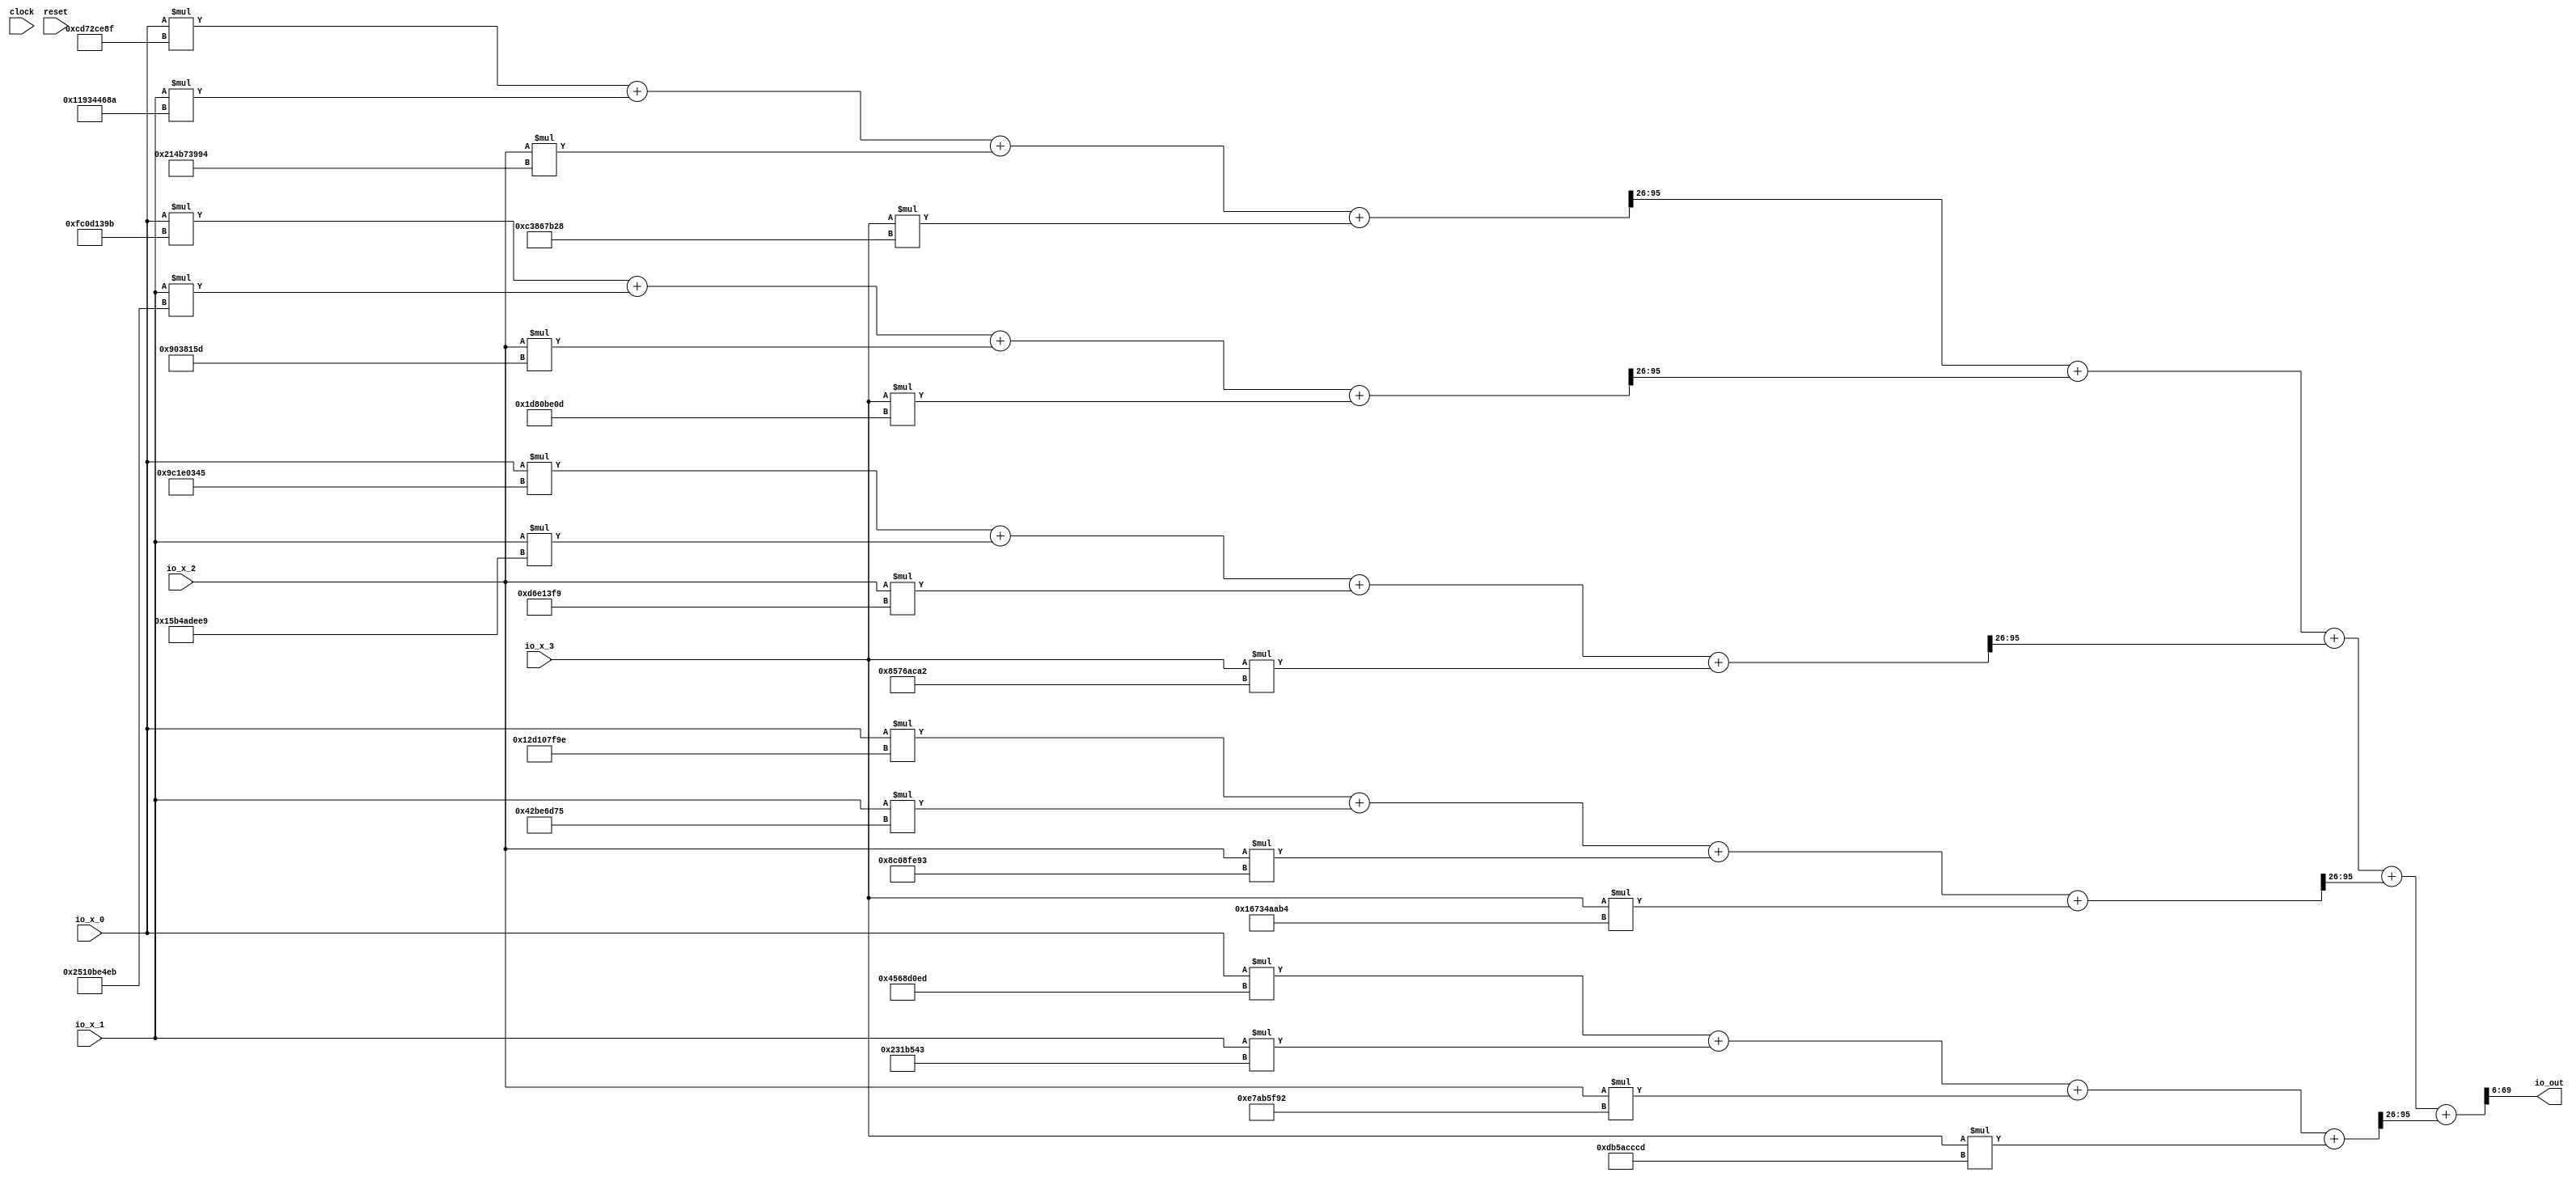
module HardwareHashMaker(
  input         clock,
  input         reset,
  input  [63:0] io_x_0,
  input  [63:0] io_x_1,
  input  [63:0] io_x_2,
  input  [63:0] io_x_3,
  output [63:0] io_out
);
  wire [127:0] _T_31 = $signed(io_x_0) * 64'shcd72ce8f; // @[HardwareHashMaker.scala 71:18]
  wire [128:0] _T_32 = {{1{_T_31[127]}},_T_31}; // @[HardwareHashMaker.scala 71:13]
  wire [127:0] _T_34 = _T_32[127:0]; // @[HardwareHashMaker.scala 71:13]
  wire [127:0] _T_35 = $signed(io_x_1) * -64'she6cbb976; // @[HardwareHashMaker.scala 71:18]
  wire [127:0] _T_38 = $signed(_T_34) + $signed(_T_35); // @[HardwareHashMaker.scala 71:13]
  wire [127:0] _T_39 = $signed(io_x_2) * 64'sh214b73994; // @[HardwareHashMaker.scala 71:18]
  wire [127:0] _T_42 = $signed(_T_38) + $signed(_T_39); // @[HardwareHashMaker.scala 71:13]
  wire [127:0] _T_43 = $signed(io_x_3) * 64'shc3867b28; // @[HardwareHashMaker.scala 71:18]
  wire [127:0] _T_46 = $signed(_T_42) + $signed(_T_43); // @[HardwareHashMaker.scala 71:13]
  wire [128:0] _T_47 = {{1{_T_46[127]}},_T_46}; // @[HardwareHashMaker.scala 74:10]
  wire [127:0] _T_49 = _T_47[127:0]; // @[HardwareHashMaker.scala 74:10]
  wire [101:0] _T_50 = _T_49[127:26]; // @[HardwareHashMaker.scala 74:34]
  wire [127:0] _T_52 = $signed(io_x_0) * 64'shfc0d139b; // @[HardwareHashMaker.scala 71:18]
  wire [128:0] _T_53 = {{1{_T_52[127]}},_T_52}; // @[HardwareHashMaker.scala 71:13]
  wire [127:0] _T_55 = _T_53[127:0]; // @[HardwareHashMaker.scala 71:13]
  wire [127:0] _T_56 = $signed(io_x_1) * -64'sh1aef41b15; // @[HardwareHashMaker.scala 71:18]
  wire [127:0] _T_59 = $signed(_T_55) + $signed(_T_56); // @[HardwareHashMaker.scala 71:13]
  wire [127:0] _T_60 = $signed(io_x_2) * -64'sh6fc7ea3; // @[HardwareHashMaker.scala 71:18]
  wire [127:0] _T_63 = $signed(_T_59) + $signed(_T_60); // @[HardwareHashMaker.scala 71:13]
  wire [127:0] _T_64 = $signed(io_x_3) * 64'sh1d80be0d; // @[HardwareHashMaker.scala 71:18]
  wire [127:0] _T_67 = $signed(_T_63) + $signed(_T_64); // @[HardwareHashMaker.scala 71:13]
  wire [128:0] _T_68 = {{1{_T_67[127]}},_T_67}; // @[HardwareHashMaker.scala 74:10]
  wire [127:0] _T_70 = _T_68[127:0]; // @[HardwareHashMaker.scala 74:10]
  wire [101:0] _T_71 = _T_70[127:26]; // @[HardwareHashMaker.scala 74:34]
  wire [127:0] _T_73 = $signed(io_x_0) * -64'sh63e1fcbb; // @[HardwareHashMaker.scala 71:18]
  wire [128:0] _T_74 = {{1{_T_73[127]}},_T_73}; // @[HardwareHashMaker.scala 71:13]
  wire [127:0] _T_76 = _T_74[127:0]; // @[HardwareHashMaker.scala 71:13]
  wire [127:0] _T_77 = $signed(io_x_1) * -64'sha4b52117; // @[HardwareHashMaker.scala 71:18]
  wire [127:0] _T_80 = $signed(_T_76) + $signed(_T_77); // @[HardwareHashMaker.scala 71:13]
  wire [127:0] _T_81 = $signed(io_x_2) * 64'shd6e13f9; // @[HardwareHashMaker.scala 71:18]
  wire [127:0] _T_84 = $signed(_T_80) + $signed(_T_81); // @[HardwareHashMaker.scala 71:13]
  wire [127:0] _T_85 = $signed(io_x_3) * 64'sh8576aca2; // @[HardwareHashMaker.scala 71:18]
  wire [127:0] _T_88 = $signed(_T_84) + $signed(_T_85); // @[HardwareHashMaker.scala 71:13]
  wire [128:0] _T_89 = {{1{_T_88[127]}},_T_88}; // @[HardwareHashMaker.scala 74:10]
  wire [127:0] _T_91 = _T_89[127:0]; // @[HardwareHashMaker.scala 74:10]
  wire [101:0] _T_92 = _T_91[127:26]; // @[HardwareHashMaker.scala 74:34]
  wire [127:0] _T_94 = $signed(io_x_0) * -64'shd2ef8062; // @[HardwareHashMaker.scala 71:18]
  wire [128:0] _T_95 = {{1{_T_94[127]}},_T_94}; // @[HardwareHashMaker.scala 71:13]
  wire [127:0] _T_97 = _T_95[127:0]; // @[HardwareHashMaker.scala 71:13]
  wire [127:0] _T_98 = $signed(io_x_1) * 64'sh42be6d75; // @[HardwareHashMaker.scala 71:18]
  wire [127:0] _T_101 = $signed(_T_97) + $signed(_T_98); // @[HardwareHashMaker.scala 71:13]
  wire [127:0] _T_102 = $signed(io_x_2) * -64'sh73f7016d; // @[HardwareHashMaker.scala 71:18]
  wire [127:0] _T_105 = $signed(_T_101) + $signed(_T_102); // @[HardwareHashMaker.scala 71:13]
  wire [127:0] _T_106 = $signed(io_x_3) * 64'sh16734aab4; // @[HardwareHashMaker.scala 71:18]
  wire [127:0] _T_109 = $signed(_T_105) + $signed(_T_106); // @[HardwareHashMaker.scala 71:13]
  wire [128:0] _T_110 = {{1{_T_109[127]}},_T_109}; // @[HardwareHashMaker.scala 74:10]
  wire [127:0] _T_112 = _T_110[127:0]; // @[HardwareHashMaker.scala 74:10]
  wire [101:0] _T_113 = _T_112[127:26]; // @[HardwareHashMaker.scala 74:34]
  wire [127:0] _T_115 = $signed(io_x_0) * 64'sh4568d0ed; // @[HardwareHashMaker.scala 71:18]
  wire [128:0] _T_116 = {{1{_T_115[127]}},_T_115}; // @[HardwareHashMaker.scala 71:13]
  wire [127:0] _T_118 = _T_116[127:0]; // @[HardwareHashMaker.scala 71:13]
  wire [127:0] _T_119 = $signed(io_x_1) * -64'sh1ce4abd; // @[HardwareHashMaker.scala 71:18]
  wire [127:0] _T_122 = $signed(_T_118) + $signed(_T_119); // @[HardwareHashMaker.scala 71:13]
  wire [127:0] _T_123 = $signed(io_x_2) * 64'she7ab5f92; // @[HardwareHashMaker.scala 71:18]
  wire [127:0] _T_126 = $signed(_T_122) + $signed(_T_123); // @[HardwareHashMaker.scala 71:13]
  wire [127:0] _T_127 = $signed(io_x_3) * 64'shdb5acccd; // @[HardwareHashMaker.scala 71:18]
  wire [127:0] _T_130 = $signed(_T_126) + $signed(_T_127); // @[HardwareHashMaker.scala 71:13]
  wire [128:0] _T_131 = {{1{_T_130[127]}},_T_130}; // @[HardwareHashMaker.scala 74:10]
  wire [127:0] _T_133 = _T_131[127:0]; // @[HardwareHashMaker.scala 74:10]
  wire [101:0] _T_134 = _T_133[127:26]; // @[HardwareHashMaker.scala 74:34]
  wire [101:0] _T_137 = $signed(_T_50) + $signed(_T_71); // @[HardwareHashMaker.scala 78:39]
  wire [101:0] _T_140 = $signed(_T_137) + $signed(_T_92); // @[HardwareHashMaker.scala 78:39]
  wire [101:0] _T_143 = $signed(_T_140) + $signed(_T_113); // @[HardwareHashMaker.scala 78:39]
  wire [101:0] _T_146 = $signed(_T_143) + $signed(_T_134); // @[HardwareHashMaker.scala 78:39]
  wire [95:0] _GEN_0 = _T_146[101:6]; // @[HardwareHashMaker.scala 78:10]
  assign io_out = _GEN_0[63:0]; // @[HardwareHashMaker.scala 78:10]
endmodule